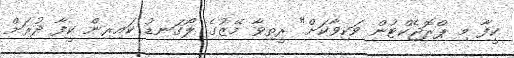
ކީފާ މި ޕްރޮޖެކްޓުން ވަކިވާކަށް" ރީތިވާ މޭޒުގެ ލޯގަނޑު ކައިރިން ކީފާ ދުރަށް